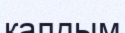
калдым